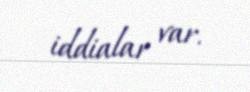
iddialar var.